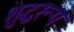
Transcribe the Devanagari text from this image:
शुद्धरूप